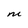
Character: M